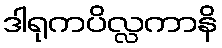
ဒါရုကပိလ္လကာနိ